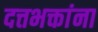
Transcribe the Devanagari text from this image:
दत्तभक्तांना